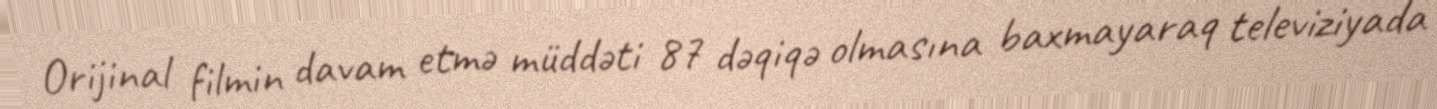
Orijinal filmin davam etmə müddəti 87 dəqiqə olmasına baxmayaraq televiziyada